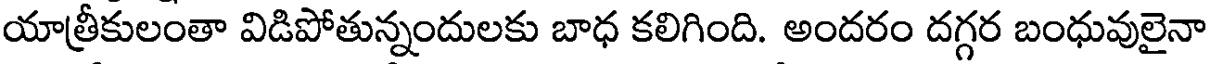
యాత్రీకులంతా విడిపోతున్నందులకు బాధ కలిగింది. అందరం దగ్గర బంధువులైనా